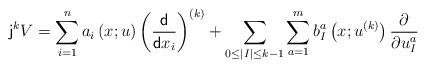
LaTeX: \begin{align*}{\sf j}^kV=\sum_{i=1}^na_i\left(x;u\right)\left(\frac{\mathsf{d}}{\mathsf{d}x_i}\right)^{(k)}+\sum_{0\leq |I| \leq k-1}\sum_{a=1}^mb^{a}_I\left(x;u^{(k)}\right)\frac{\partial}{\partial u^a_I}\end{align*}